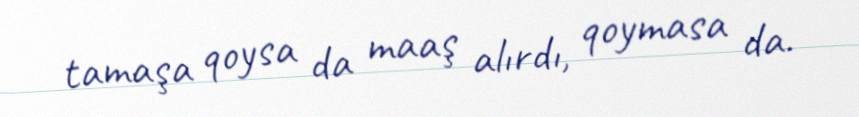
tamaşa qoysa da maaş alırdı, qoymasa da.